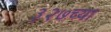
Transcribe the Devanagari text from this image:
३२७च्या